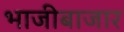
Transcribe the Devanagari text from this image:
भाजीबाजार